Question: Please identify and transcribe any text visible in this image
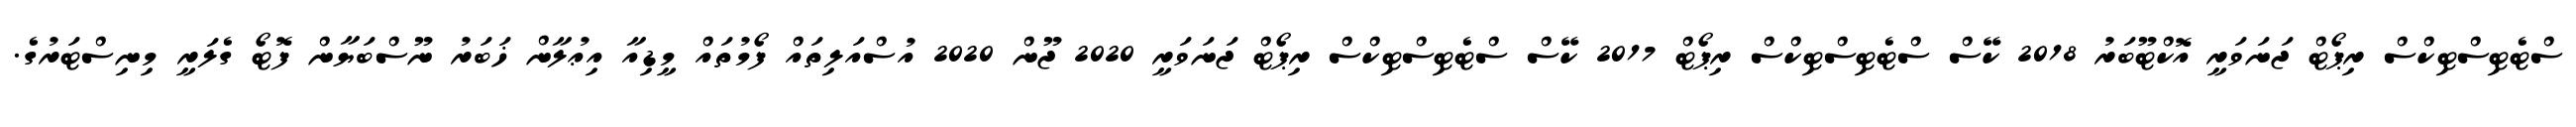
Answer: ސްޓެޓިސްޓިކްސް ރިޕޯޓް ޖަނަވަރީ އޮކްޓޫބަރު 2018 ކޭސް ސްޓެޓިސްޓިކްސް ރިޕޯޓް 2017 ކޭސް ސްޓެޓިސްޓިކްސް ރިޕޯޓް ޖަނަވަރީ 2020 ޖޫން 2020 އުސްއަލިތައް ފޯމުތައް މީޑިއާ އިޢުލާން ޚަބަރު ނޫސްބަޔާން ފޮޓޯ ގެލަރީ މިނިސްޓަރުގެ.